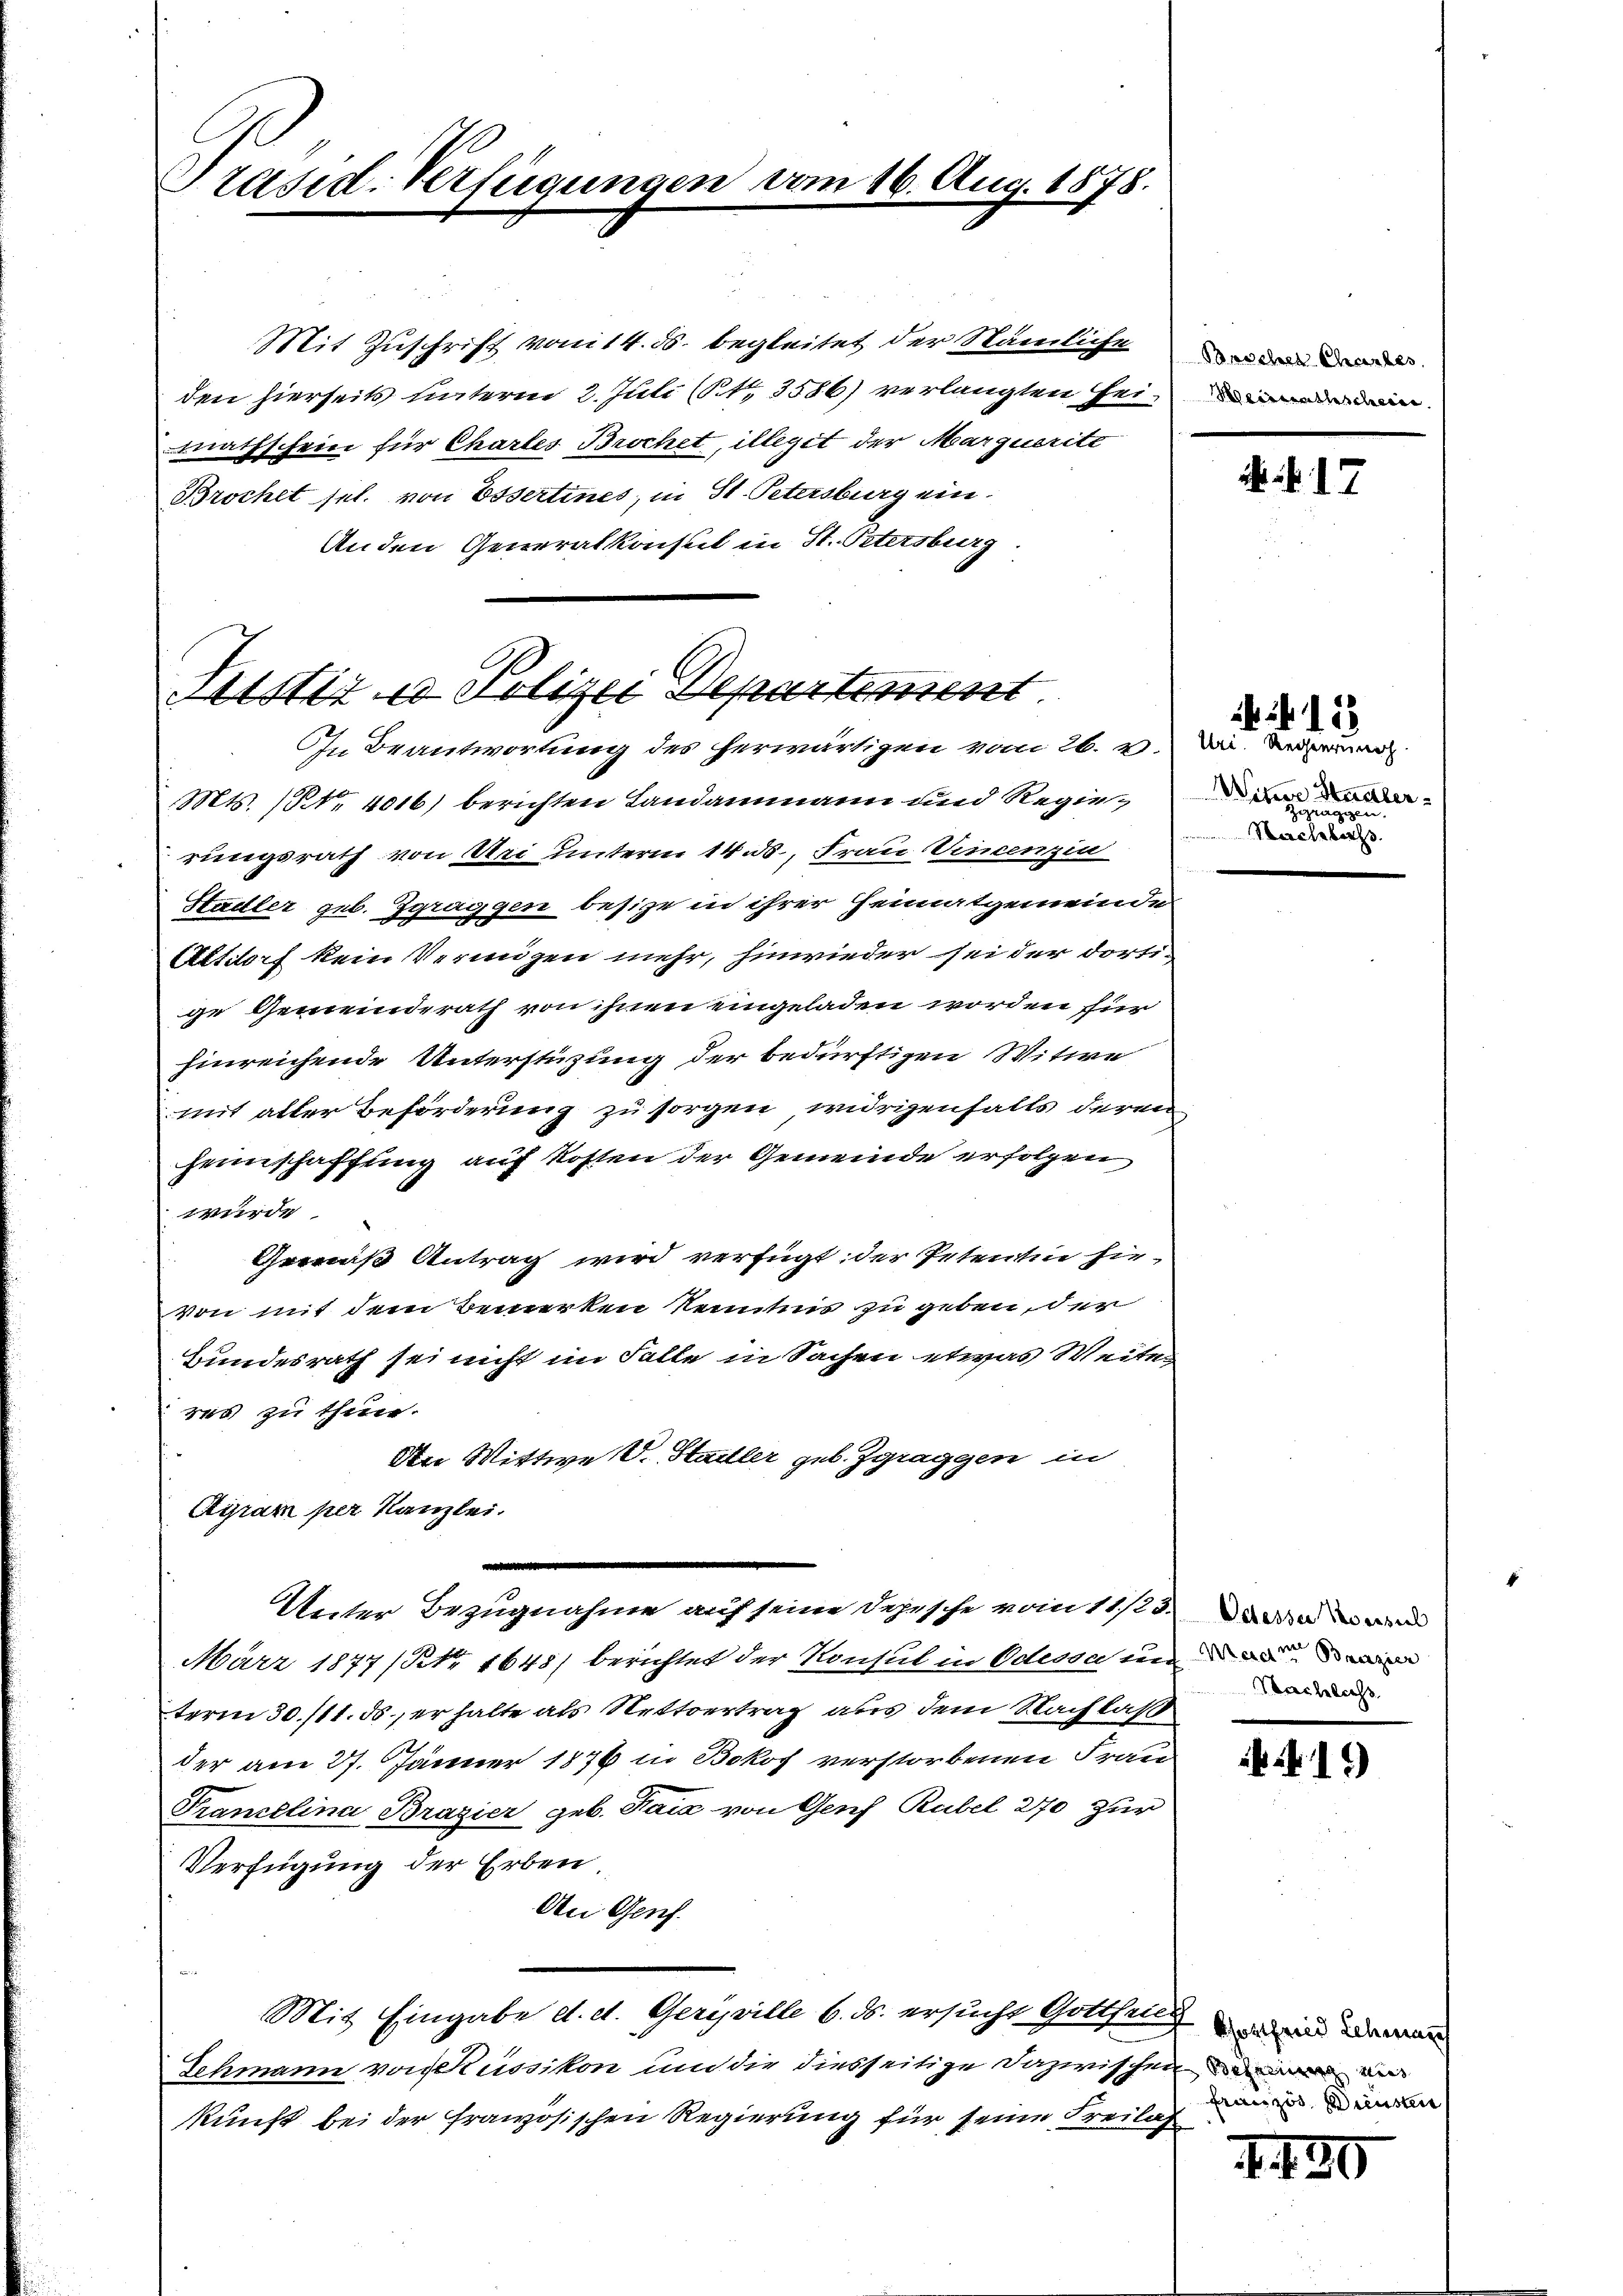
Präsid. Verfügunge

Mit Zuschrift vom 14. ds. begleitet der Nämliche
den hierseits unterm 2. Juli (§ 3586) verlangten Heimathschein für Chartes Brochet, illegit der Marquerite
Brochet sel. von Essertines, in St. Petersburg ein.
Anden Generalkonsul in St. Petersburg

MStiz & Polizei Departement
In Beantwortung des herwärtigen vom 26. v. Die Veran

Mts. (N. 4016) berichten Landammann und Regierungsrath von Sei unterm 14. ds., Frau Vincenzin
Stadler geb. Zgraggen besitze in ihrer Heimatgemeinde
Altdorf kein Vermögen mehr, hinwieder sei der dorti-
ge Gemeinderath von ihnen eingeladen worden für
hinreichende Unterstüzung der bedürftigen Witwe
mit aller Beförderung zu sorgen widrigenfalls deren
Heimschaffung auf Kosten der Gemeinde erfolgen
wurde
uß Antrag wird verfügt der Petentin hievon mit dem Bemerken Kenntnis zu geben, der
Bundesrath sei nicht im Falle in Sachen etwas Weites
res zu thun.
An Wittwe V. Stadler geb. Zgraggen in
Ayram per Kanzlei.
Unter Bezugnahme auf seine Depesche vom 11/23. Die wi
März 1877 (Nr. 1645 berichtet der Konsul in Odessa nie di
term 30./11. ds er halte als Nettoertrag aus dem Nachlas
der am 27. Jänner 1876 in Bokof verstorbenen Fraue
Franzelina Brazier geb. Tai von Genf Rubel 270 zur
Verfügung der Erben
An Genf.
Mit Eingabe d. et. Gerisville 6. ds. ersucht Gottheilt
Schmann vorkussikon und die diesseitige Dazwischen war mi
kunft bei der französischen Regierung für seine Freilas

2

16. Aug. 1878.

Brschen Charbes
Meitsrathscheine

. . 17

N. 113

Witwe Stunter¬
Zgraggen
Nachbarhs.

Nachlachs

416)

Chottfried Schman
französ. Diensten

.430